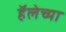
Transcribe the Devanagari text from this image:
हॅलेच्या